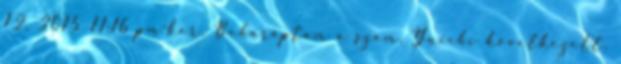
12, 2015 11:16 pm-kor. Beharaptam a szám. Yuichi következett.